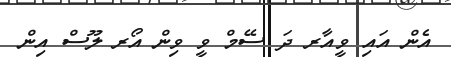
އެން އައި ވީއާރ ދަ ސޭމް ވީ ވިން އޯރ ލޫސް އިން